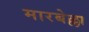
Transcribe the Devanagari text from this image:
मारबेल्ला